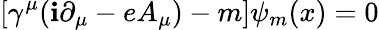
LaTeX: \left[\gamma^{\mu}(\mathbf{i}\partial_{\mu}-eA_{\mu})-m\right]\psi_{m}(x)=0